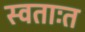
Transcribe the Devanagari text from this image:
स्वताःत